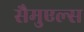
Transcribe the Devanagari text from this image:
सैमुएल्स